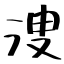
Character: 溲